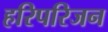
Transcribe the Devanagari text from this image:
हरिपरिजन